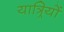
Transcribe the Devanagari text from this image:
यात्र्रियों